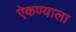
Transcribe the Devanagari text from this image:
ऐकण्याला